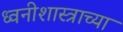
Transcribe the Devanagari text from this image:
ध्वनीशास्त्राच्या